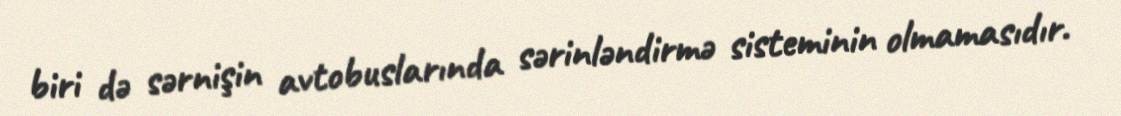
biri də sərnişin avtobuslarında sərinləndirmə sisteminin olmamasıdır.